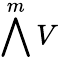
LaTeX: \bigwedge^{m}V